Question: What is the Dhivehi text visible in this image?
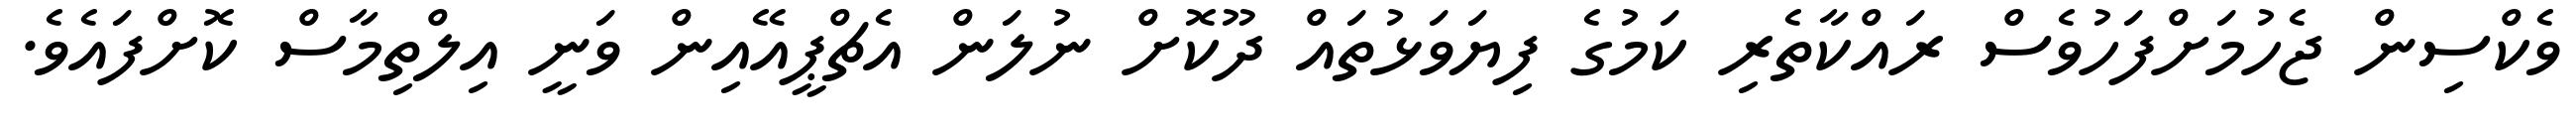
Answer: ވެކްސިން ޖެހުމަށްފަހުވެސް ރައްކާތެރި ކަމުގެ ފިޔަވަޅުތައް ދޫކޮށް ނުލަން އެޗްޕީއޭއިން ވަނީ އިލްތިމާސް ކޮށްފައެވެ.